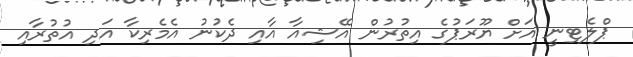
ޕްލެޓިނީ އަށް ޔޫރަޕުގެ އިތުރުން އޭޝިއާ އާއި ދެކުނު އެެމެރިކާ އަދި އުތުރާއި